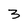
Character: 3